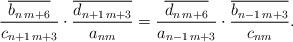
LaTeX: \begin{align*} \frac{\overline{b_{n\,m+6}}}{c_{n+1\,m+3}}\cdot \frac{\overline{d_{n+1\,m+3}}}{a_{nm}}= \frac{\overline{d_{n\,m+6}}}{a_{n-1\,m+3}}\cdot \frac{\overline{b_{n-1\,m+3}}}{c_{nm}}.\end{align*}